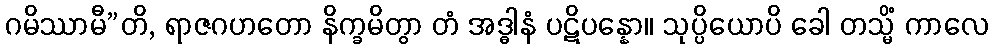
ဂမိဿာမီ”တိ, ရာဇဂဟတော နိက္ခမိတွာ တံ အဒ္ဓါနံ ပဋိပန္နော။ သုပ္ပိယောပိ ခေါ တသ္မိံ ကာလေ